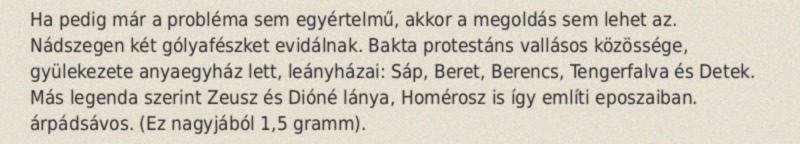
Ha pedig már a probléma sem egyértelmű, akkor a megoldás sem lehet az. Nádszegen két gólyafészket evidálnak. Bakta protestáns vallásos közössége, gyülekezete anyaegyház lett, leányházai: Sáp, Beret, Berencs, Tengerfalva és Detek. Más legenda szerint Zeusz és Dióné lánya, Homérosz is így említi eposzaiban. árpádsávos. (Ez nagyjából 1,5 gramm).